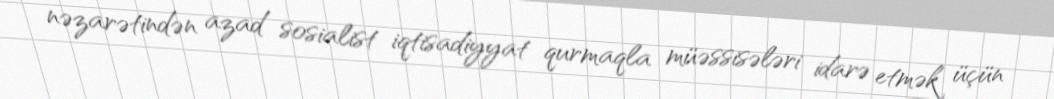
nəzarətindən azad sosialist iqtisadiyyat qurmaqla müəssisələri idarə etmək üçün